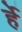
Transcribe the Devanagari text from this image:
र्हे